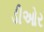
ડીઓર